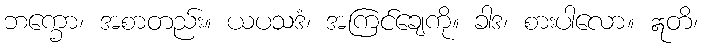
ဘက္ခော၊ အစာတည်း။ ယပသဒံ၊ အကြင်ချေကို။ ခါဒ၊ စားပါလော။ ဣတိ၊